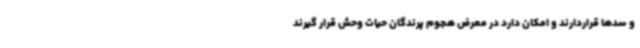
و سدها قراردارند و امکان دارد در معرض هجوم پرندگان حیات وحش قرار گیرند